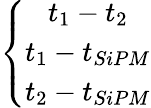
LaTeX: \left\{ \begin{array}{c}{t_{1}-t_{2}}\\ {t_{1}-t_{SiPM}}\\ {t_{2}-t_{SiPM}}\end{array}\right.